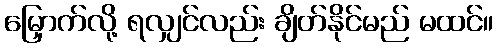
မြှောက်လို့ ရလျှင်လည်း ချိတ်နိုင်မည် မထင်။